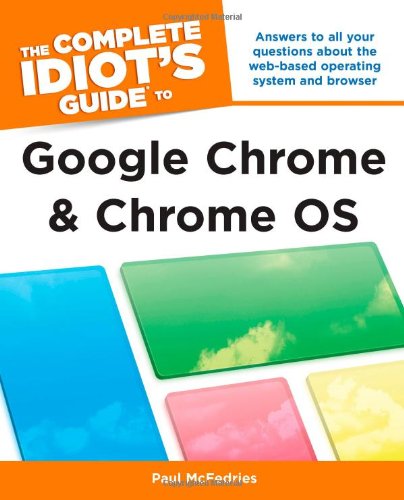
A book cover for The Complete Idiot's Guide to Google Chrome and Chrome OS; Paul McFedries; Computers & Technology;